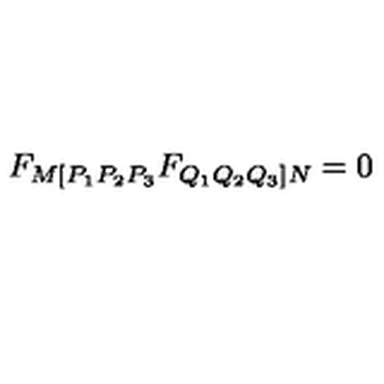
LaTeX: F _ { M [ P _ { 1 } P _ { 2 } P _ { 3 } } F _ { Q _ { 1 } Q _ { 2 } Q _ { 3 } ] N } = 0